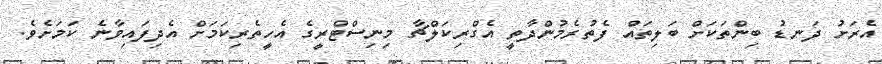
އެރަށު ދަނޑު ބިންތަކަށް ބަލިތައް ފެތުރެމުންދާތީ އެގްރިކަލްޗާ މިނިސްޓްރީގެ އެހީތެރިކަމަށް އެދިފައިވާނެ ކަމަށެވެ.